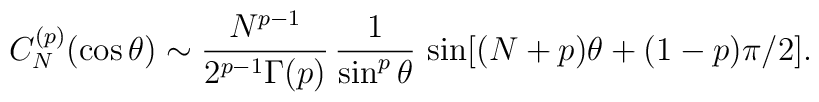
C_N^{(p)}(\cos\theta) \sim  {N^{p-1}\over 2^{p-1} \Gamma(p)}\,{1\over\sin^p\theta}\,\sin[(N+p)\theta + (1-p)\pi/2].